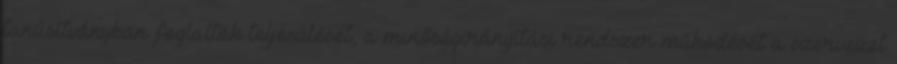
tanúsítványban foglaltak teljesülését, a minőségirányítási rendszer működését a szervezet